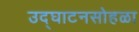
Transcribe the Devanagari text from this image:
उद्‌घाटनसोहळा